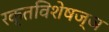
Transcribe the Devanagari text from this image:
रक्तविशेषज्ञ